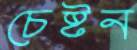
চেষ্টন